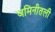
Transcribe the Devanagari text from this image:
जमिनीतली